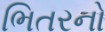
ભિતરનો